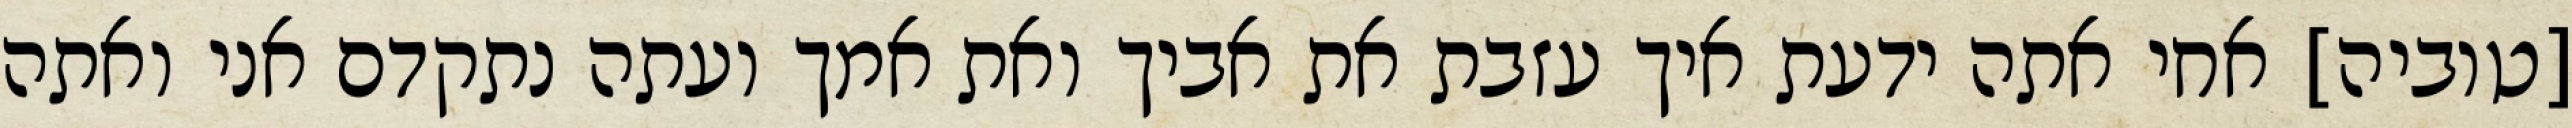
[טוביה] אחי אתה ידעת איך עזבת את אביך ואת אמך ועתה נתקדם אני ואתה